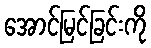
အောင်မြင်ခြင်းကို